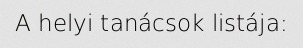
A helyi tanácsok listája: